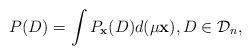
LaTeX: \begin{align*}P(D)= \int P_{\mathbf{x}}(D) d(\mu \mathbf{x}), D\in \mathcal{D}_n,\end{align*}